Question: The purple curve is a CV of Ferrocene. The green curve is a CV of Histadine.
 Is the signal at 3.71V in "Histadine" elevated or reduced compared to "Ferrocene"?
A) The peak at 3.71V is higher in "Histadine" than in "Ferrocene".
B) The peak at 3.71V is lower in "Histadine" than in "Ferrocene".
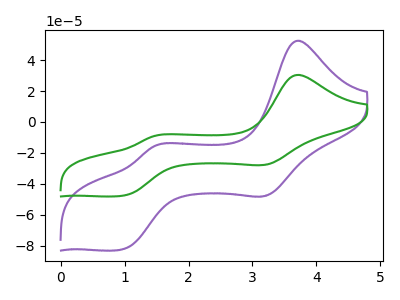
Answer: <think>The purple curve "Ferrocene" has anodic peaks at (3.70V, 52.55uA) (1.50V, -15.55uA) and cathodic peaks at (3.20V, -47.40uA) (0.95V, -82.45uA). The green curve "Histadine" has anodic peaks at (3.70V, 30.45uA) (1.50V, -9.00uA) and cathodic peaks at (3.20V, -27.45uA) (0.95V, -47.75uA).</think>
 <answer>B) The peak at 3.71V is lower in "Histadine" than in "Ferrocene".</answer>
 <eval>B</eval>